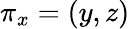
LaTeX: \pi_{x}=(y,z)